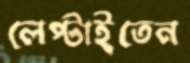
লেপ্‌টাইতেন